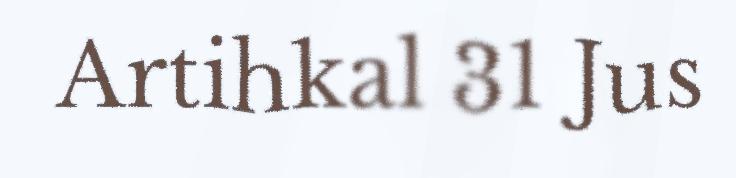
Artihkal 31 Jus